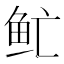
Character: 𲍈